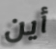
أين